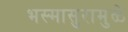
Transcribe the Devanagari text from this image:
भस्मासुरामुळे